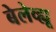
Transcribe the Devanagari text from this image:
बेलेव्ह्यू